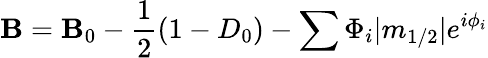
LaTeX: \mathbf{B}=\mathbf{B}_{0}-\frac{{1}}{{2}}(1-D_{0})-\sum\Phi_{i}|m_{1/2}|e^{i\phi_{i}}